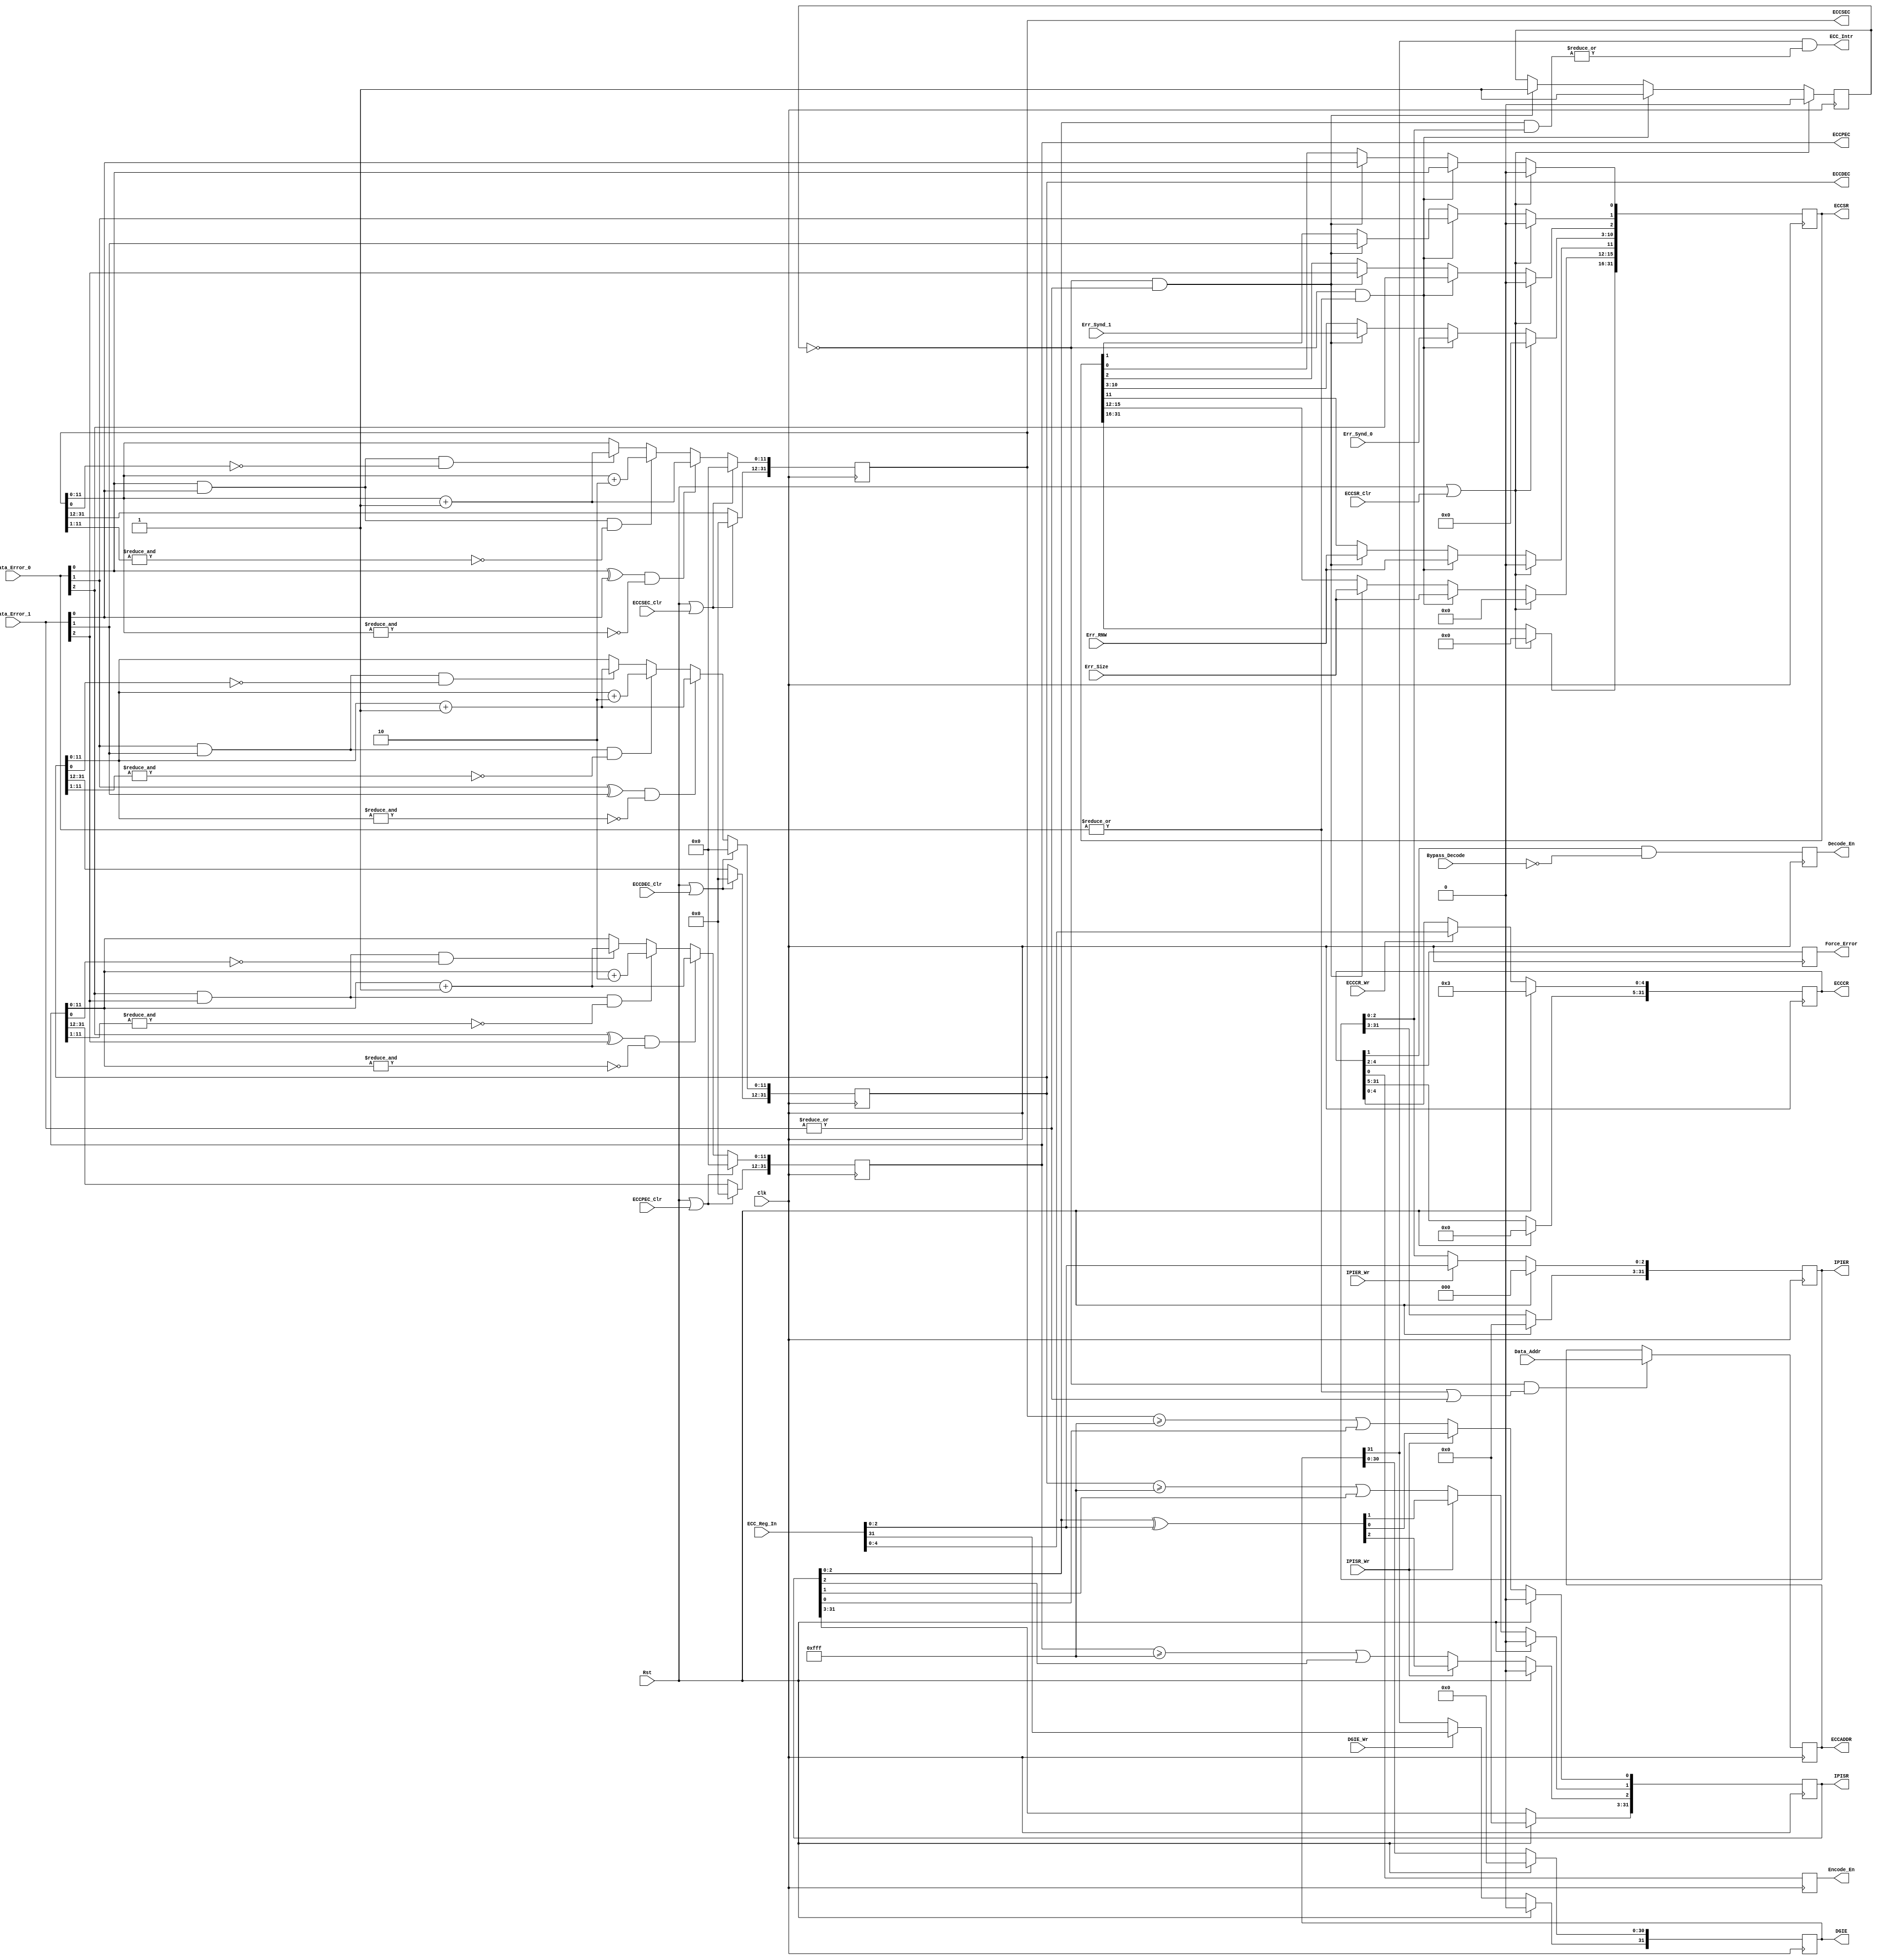
//-----------------------------------------------------------------------------
//-- (c) Copyright 2006 - 2009 Xilinx, Inc. All rights reserved.
//--
//-- This file contains confidential and proprietary information
//-- of Xilinx, Inc. and is protected under U.S. and
//-- international copyright and other intellectual property
//-- laws.
//--
//-- DISCLAIMER
//-- This disclaimer is not a license and does not grant any
//-- rights to the materials distributed herewith. Except as
//-- otherwise provided in a valid license issued to you by
//-- Xilinx, and to the maximum extent permitted by applicable
//-- law: (1) THESE MATERIALS ARE MADE AVAILABLE "AS IS" AND
//-- WITH ALL FAULTS, AND XILINX HEREBY DISCLAIMS ALL WARRANTIES
//-- AND CONDITIONS, EXPRESS, IMPLIED, OR STATUTORY, INCLUDING
//-- BUT NOT LIMITED TO WARRANTIES OF MERCHANTABILITY, NON-
//-- INFRINGEMENT, OR FITNESS FOR ANY PARTICULAR PURPOSE; and
//-- (2) Xilinx shall not be liable (whether in contract or tort,
//-- including negligence, or under any other theory of
//-- liability) for any loss or damage of any kind or nature
//-- related to, arising under or in connection with these
//-- materials, including for any direct, or any indirect,
//-- special, incidental, or consequential loss or damage
//-- (including loss of data, profits, goodwill, or any type of
//-- loss or damage suffered as a result of any action brought
//-- by a third party) even if such damage or loss was
//-- reasonably foreseeable or Xilinx had been advised of the
//-- possibility of the same.
//--
//-- CRITICAL APPLICATIONS
//-- Xilinx products are not designed or intended to be fail-
//-- safe, or for use in any application requiring fail-safe
//-- performance, such as life-support or safety devices or
//-- systems, Class III medical devices, nuclear facilities,
//-- applications related to the deployment of airbags, or any
//-- other applications that could lead to death, personal
//-- injury, or severe property or environmental damage
//-- (individually and collectively, "Critical
//-- Applications"). Customer assumes the sole risk and
//-- liability of any use of Xilinx products in Critical
//-- Applications, subject only to applicable laws and
//-- regulations governing limitations on product liability.
//--
//-- THIS COPYRIGHT NOTICE AND DISCLAIMER MUST BE RETAINED AS
//-- PART OF THIS FILE AT ALL TIMES.
//-----------------------------------------------------------------------------
//Purpose:
// mpmc_ecc_control - ECC Control/Status module
//-------------------------------------------------------------------------
// Description:      Contains the status and control registers for ECC on MPMC
//                   These are defined in UG253.  All inputs are little endian,
//                   all outputs to the bus interface are big endian.  All 
//                   internal outputs are little endian.
// Verilog-standard: Verilog 2001
//-------------------------------------------------------------------------
// History:
//  CJC       03/19/2007      - Initial EDK Release
//-------------------------------------------------------------------------

`timescale 1ns/100ps

module mpmc_ecc_control
  #(
    parameter integer C_ECC_DEFAULT_ON = 1,
    parameter integer C_ECC_SEC_THRESHOLD = 4095,
    parameter integer C_ECC_DEC_THRESHOLD = 4095,
    parameter integer C_ECC_PEC_THRESHOLD = 4095
  )
  (
    ////////////////////
    // Global Signals //
    ////////////////////
    input  wire                     Clk, 
    input  wire                     Rst, 
    // Interrupt signal
    output wire                     ECC_Intr,
    ///////////////////////////////////////////
    // ECC Control Interface related signals //
    ///////////////////////////////////////////
    input  wire [0:31]              ECC_Reg_In,
    // Control Register
    input  wire                     ECCCR_Wr,
    output reg  [0:31]              ECCCR = 0,
    // Status Register
    input  wire                     ECCSR_Clr,
    output reg  [0:31]              ECCSR = 0,
    // Single-Bit Error Count Register
    input  wire                     ECCSEC_Clr,
    output reg  [0:31]              ECCSEC = 0,
    // Double-Bit Error Count Register
    input  wire                     ECCDEC_Clr,
    output reg  [0:31]              ECCDEC = 0,
    // Parity-Bit Error Count Register
    input  wire                     ECCPEC_Clr,
    output reg  [0:31]              ECCPEC = 0,
    // ECC ISC
    input  wire [31:0]              Data_Addr,
    output reg  [0:31]              ECCADDR = 0, 
    // DGIE
    input  wire                     DGIE_Wr,
    output reg  [0:31]              DGIE = 0,
    // IPISR
    input  wire                     IPISR_Wr,
    output reg  [0:31]              IPISR = 0,
    // IPIER
    input  wire                     IPIER_Wr,
    output reg  [0:31]              IPIER = 0,
    ///////////////////////////
    // ECC Data path signals //
    ///////////////////////////
    // Encode Forced errors into the data/parity 
    input  wire                     Bypass_Decode,
    output reg  [2:0]               Force_Error,
    output reg                      Decode_En,    // Decode datapath enable
    output reg                      Encode_En,    // Encode datapath enable
    input  wire [2:0]               Data_Error_0, // Decode Errors 0 
    input  wire [2:0]               Data_Error_1, // Decode Errors 1
    input  wire [3:0]               Err_Size,   // Transaction size 
    input  wire                     Err_RNW,    // Read Or Write
    input  wire [7:0]               Err_Synd_0,   // Output syndrome of the decode
    input  wire [7:0]               Err_Synd_1    // Output syndrome of the decode
);
  // coverage toggle_ignore ECCCR "0"
  // coverage toggle_ignore ECCSR "0-15"

  reg                   err_flagged = 0;

  // ECC Control Register
  // Bits 0-26 are reserved and thus not used to save logic
  generate
    if (C_ECC_DEFAULT_ON == 0)
      begin : ECC_DEFAULT_OFF
        always @(posedge Clk)
          if (Rst) ECCCR <= {30'b0, 1'b0, 1'b0};
          else if (ECCCR_Wr) ECCCR[27:31] <= ECC_Reg_In[27:31];
      end
    else
      begin : ECC_DEFAULT_ON
        always @(posedge Clk)
          if (Rst) ECCCR <= {30'b0, 1'b1, 1'b1};
          else if (ECCCR_Wr) ECCCR[27:31] <= ECC_Reg_In[27:31];
      end
  endgenerate

  always @(posedge Clk)
    begin
       Force_Error[2] <= ECCCR[27];
       Force_Error[1] <= ECCCR[28];
       Force_Error[0] <= ECCCR[29];
       Decode_En      <= ECCCR[30] & ~Bypass_Decode;
       Encode_En      <= ECCCR[31];
    end
   
  // ECC Status Register
  // Bits 0-15 are reserved and thus not used to save logic
  always @(posedge Clk)
    if (Rst | ECCSR_Clr) 
      begin 
        ECCSR <= 0;
        err_flagged <= 0;
      end
    else if (~err_flagged & (| Data_Error_0))
      begin
        err_flagged <= 1;
        ECCSR[16:19] <= Err_Size;
        ECCSR[20]    <= Err_RNW;
        ECCSR[21:28] <= Err_Synd_0;
        ECCSR[29]    <= (Data_Error_0[2]);
        ECCSR[30]    <= (Data_Error_0[1]);
        ECCSR[31]    <= (Data_Error_0[0]);
     end
    else if (~err_flagged & (| Data_Error_1))
      begin
        err_flagged <= 1;
        ECCSR[16:19] <= Err_Size;
        ECCSR[20]    <= Err_RNW;
        ECCSR[21:28] <= Err_Synd_1;
        ECCSR[29]    <= (Data_Error_1[2]);
        ECCSR[30]    <= (Data_Error_1[1]);
        ECCSR[31]    <= (Data_Error_1[0]);
     end

  // Single-Bit Error Count Register
  // Bits 0-19 are reserved and thus not used to save logic
  // Increment by 1 if Data_Error_0 xor Data_Error_1 & ECC_SEC is not all 1's)
  // Increment by 2 if There are two data errors and we can increment by 2
  // else Increment by 1 if ther are two data errors if we can increment by 1
  always @(posedge Clk)
    if (Rst | ECCSEC_Clr)
      ECCSEC <= 0; 
    else if ((Data_Error_0[0] ^ Data_Error_1[0]) & (~& ECCSEC[20:31]))
      ECCSEC[20:31] <= ECCSEC[20:31] + 1'b1;
    else if ((Data_Error_0[0] & Data_Error_1[0]) & (~& ECCSEC[20:30]))
      ECCSEC[20:31] <= ECCSEC[20:31] + 2'd2;
    else if ((Data_Error_0[0] & Data_Error_1[0]) & (~ECCSEC[31]))
      ECCSEC[20:31] <= ECCSEC[20:31] + 1'b1;

  // Double-Bit Error Count Register
  // Bits 0-19 are reserved and thus not used to save logic
  always @(posedge Clk)
    if (Rst | ECCDEC_Clr)
      ECCDEC <= 0; 
    else if ((Data_Error_0[1] ^ Data_Error_1[1]) & (~& ECCDEC[20:31]))
      ECCDEC[20:31] <= ECCDEC[20:31] + 1'b1;
    else if ((Data_Error_0[1] & Data_Error_1[1]) & (~& ECCDEC[20:30]))
      ECCDEC[20:31] <= ECCDEC[20:31] + 2'd2;
    else if ((Data_Error_0[1] & Data_Error_1[1]) & (~ECCDEC[31]))
      ECCDEC[20:31] <= ECCDEC[20:31] + 1'b1;

  // Parity-Bit Error Count Register
  // Bits 0-19 are reserved and thus not used to save logic
  always @(posedge Clk)
    if (Rst | ECCPEC_Clr)
      ECCPEC <= 0; 
    else if ((Data_Error_0[2] ^ Data_Error_1[2]) & (~& ECCPEC[20:31]))
      ECCPEC[20:31] <= ECCPEC[20:31] + 1'b1;
    else if ((Data_Error_0[2] & Data_Error_1[2]) & (~& ECCPEC[20:30]))
      ECCPEC[20:31] <= ECCPEC[20:31] + 2'd2;
    else if ((Data_Error_0[2] & Data_Error_1[2]) & (~ECCPEC[31]))
      ECCPEC[20:31] <= ECCPEC[20:31] + 1'b1;

  // ECC Error Addresss Register
  always @(posedge Clk)
    if (~err_flagged & ((| Data_Error_0) | (| Data_Error_1)))
      ECCADDR <= Data_Addr;

  // ECC Interrupts 
  // Device Global Interrupt Enable Register
  always @(posedge Clk)
    if (Rst) DGIE <= 0;
    else if (DGIE_Wr) DGIE[0] <= ECC_Reg_In[0];

  // IP Interrupt Status Register
  always @(posedge Clk)
    if (Rst)            
      IPISR <= 0;
    else if (IPISR_Wr)  
      IPISR[29:31] <= IPISR[29:31] ^ ECC_Reg_In[29:31];
    else
      begin
        IPISR[29] <= (ECCPEC >= C_ECC_PEC_THRESHOLD) | IPISR[29]; 
        IPISR[30] <= (ECCDEC >= C_ECC_DEC_THRESHOLD) | IPISR[30]; 
        IPISR[31] <= (ECCSEC >= C_ECC_SEC_THRESHOLD) | IPISR[31]; 
      end
    
  // IP Interrupt Enable Register
  always @(posedge Clk)
    if (Rst)            IPIER <= 0;
    else if (IPIER_Wr)  IPIER[29:31] <= ECC_Reg_In[29:31];

  // Generate interrupt if any IPISR is set and corrresponding IPIER is set and 
  // DGIE is set
  assign ECC_Intr = DGIE[0] & (|(IPISR[29:31] & IPIER[29:31]));

endmodule